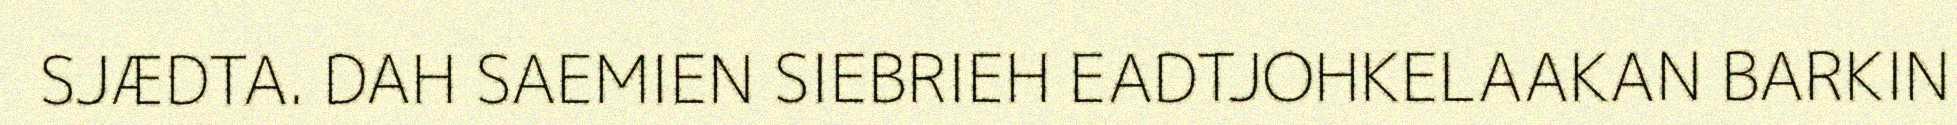
SJÆDTA. DAH SAEMIEN SIEBRIEH EADTJOHKELAAKAN BARKIN